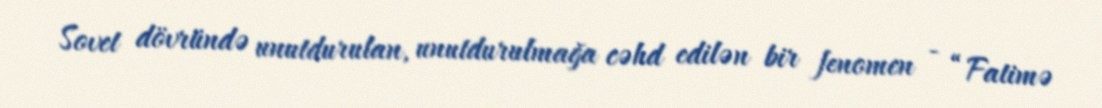
Sovet dövründə unutdurulan, unutdurulmağa cəhd edilən bir fenomen - “Fatimə